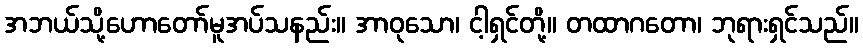
အဘယ်သို့ဟောတော်မူအပ်သနည်း။ အာဝုသော၊ ငါ့ရှင်တို့။ တထာဂတော၊ ဘုရားရှင်သည်။